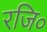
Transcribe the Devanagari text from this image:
रजि०